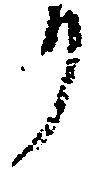
り